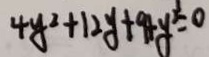
4 y ^ { 2 } + 1 2 y + 9 + y ^ { 2 } = 0